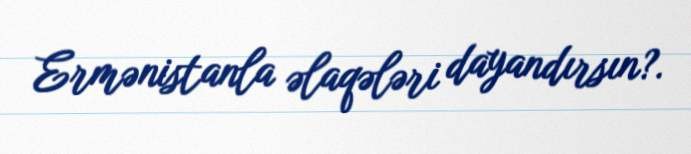
Ermənistanla əlaqələri dayandırsın?.